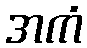
အကံ